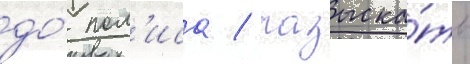
до́ пол'иса / разыска́ть